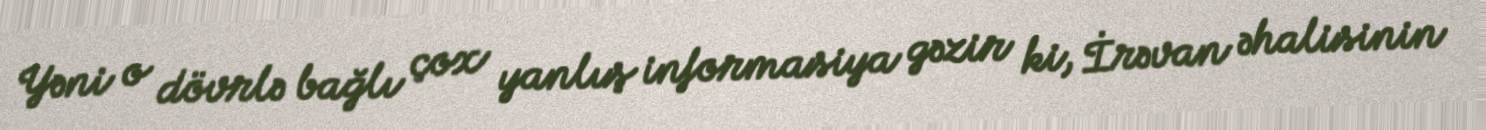
Yəni o dövrlə bağlı çox yanlış informasiya gəzir ki, İrəvan əhalisinin